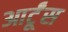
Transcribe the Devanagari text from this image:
आर्टूंस